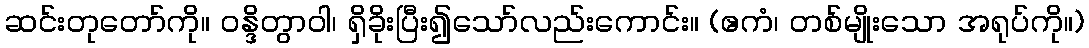
ဆင်းတုတော်ကို။ ဝန္ဒိတွာဝါ၊ ရှိခိုးပြီး၍သော်လည်းကောင်း။ (ဧကံ၊ တစ်မျိုးသော အရုပ်ကို။)